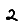
Digit: 2